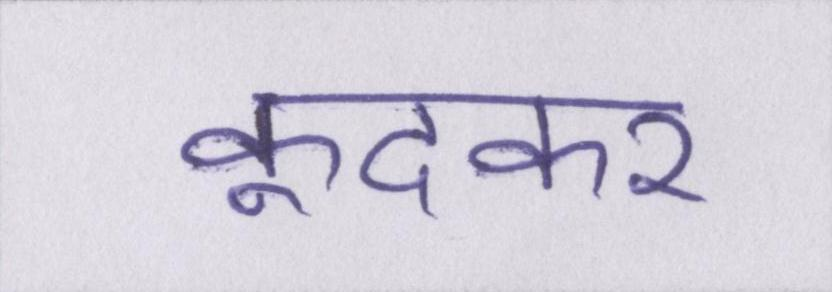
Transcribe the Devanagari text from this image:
कूदकर